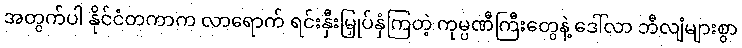
အတွက်ပါ နိုင်ငံတကာက လာရောက် ရင်းနှီးမြှုပ်နှံကြတဲ့ ကုမ္ပဏီကြီးတွေနဲ့ ဒေါ်လာ ဘီလျံများစွာ